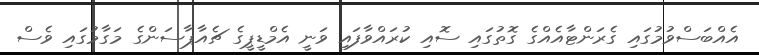
އެއްބަސްވުމުގައި ގެރަންޓާއެއްގެ ގޮތުގައި ސޮއި ކުރައްވާފައި ވަނީ އެމްޑީޕީގެ ޗެއާޕާސަންގެ މަގާމުގައި ވެސް